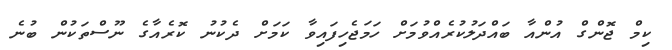
ކިމް ޖޮންގް އުންއާ ބައްދަލުކުރެއްވުމަށް ހަމަޖެހިފައިވާ ކަމަށް ދެކުނު ކޮރެއާގެ ނޫސްތަކުން ބުނެ